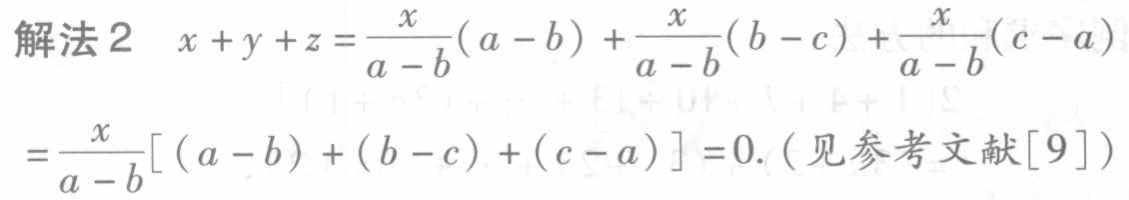
解法2 \(x + y + z=\frac{x}{a - b}(a - b)+\frac{x}{a - b}(b - c)+\frac{x}{a - b}(c - a)\)

\(=\frac{x}{a - b}[(a - b)+(b - c)+(c - a)] = 0\). (见参考文献[9])